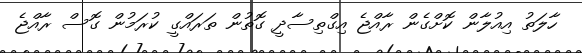
ހާލަތު އިއުލާން ކޮށްގެން ރާއްޖެ އިގްތިސާދީ ގޮތުން ތަރައްގީ ކުރަމުން ގޮސް ރާއްޖެ